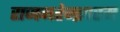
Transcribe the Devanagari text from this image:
राजमहेन्द्रवरम